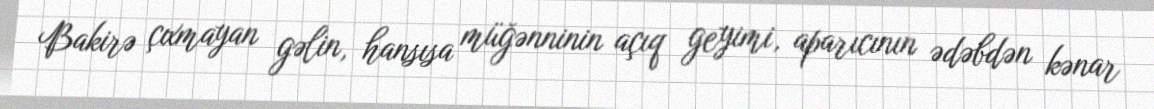
Bakirə çıxmayan gəlin, hansısa müğənninin açıq geyimi, aparıcının ədəbdən kənar